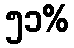
၅၁%